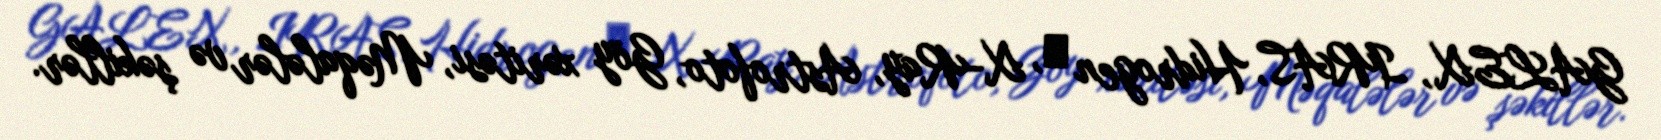
GALEX, IRAS, Hidrogen α, X-Ray, Astrofoto, Göy xəritəsi, Məqalələr və şəkillər.